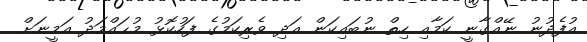
އުފެދުނު ނޭއްގާނީ ކަމާއި ހިތް ނުބައިކަން އަދި ވެރިކަމުގެ ފަހުކޮޅު މުޙައްމަދު އަމީނަށް